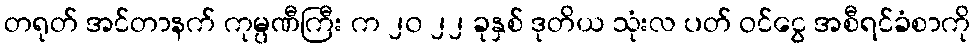
တရုတ် အင်တာနက် ကုမ္ပဏီကြီး က ၂၀ ၂၂ ခုနှစ် ဒုတိယ သုံးလ ပတ် ဝင်ငွေ အစီရင်ခံစာကို